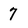
Character: 7